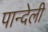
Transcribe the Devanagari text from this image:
पान्देली